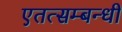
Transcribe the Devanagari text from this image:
एतत्सम्बन्धी